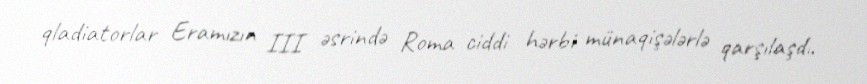
qladiatorlar Eramızın III əsrində Roma ciddi hərbi münaqişələrlə qarşılaşdı.